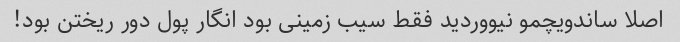
اصلا ساندویچمو نیووردید فقط سیب زمینی بود انگار پول دور ریختن بود!